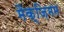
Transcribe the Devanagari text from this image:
मैक्ज़िमम